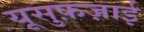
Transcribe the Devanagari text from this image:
यूसुफ़ज़ाई